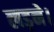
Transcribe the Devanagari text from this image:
लड़ने।